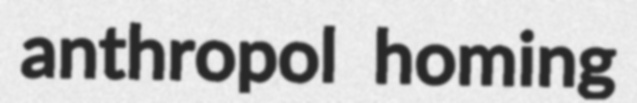
anthropol homing